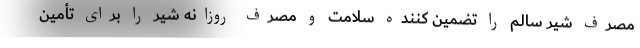
مصرف شیر سالم را تضمین کننده سلامت و مصرف روزانه شیر را برای تأمین